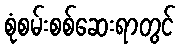
စုံစမ်းစစ်ဆေးရာတွင်